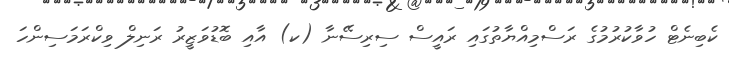
ކެބިނެޓް ހުވާކުރުމުގެ ރަސްމިއްޔާތުގައި ރައީސް ސިރިސޭނާ (ކ) އާއި ބޮޑުވަޒީރު ރަނިލް ވިކްރަމަސިންހަ